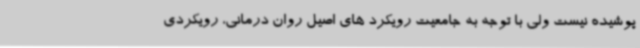
پوشیده نیست ولی با توجه به جامعیت رویکرد های اصیل روان درمانی، رویکردی